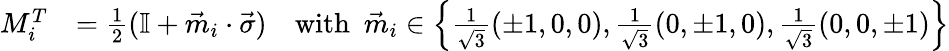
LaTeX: \begin{array}{rl}{{M}_{i}^{T}}&{=\frac{1}{2}(\mathbb{I}+\vec{m}_{i}\cdot\vec{\sigma})~~~~\mathrm{with}~~\vec{m}_{i}\in\left\{ \frac{1}{\sqrt{3}}(\pm 1,0,0),\frac{1}{\sqrt{3}}(0,\pm 1,0),\frac{1}{\sqrt{3}}(0,0,\pm 1)\right\} }\end{array}